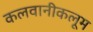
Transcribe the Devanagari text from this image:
कलवानीकलूम